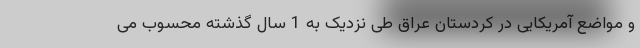
و مواضع آمریکایی در کردستان عراق طی نزدیک به 1 سال گذشته محسوب می